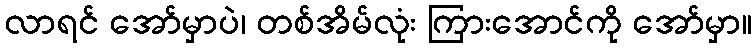
လာရင် အော်မှာပဲ၊ တစ်အိမ်လုံး ကြားအောင်ကို အော်မှာ။